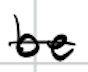
Text: be
Cross-out: mix
Writing tool: digital_black